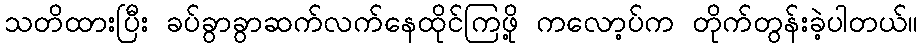
သတိထားပြီး ခပ်ခွာခွာဆက်လက်နေထိုင်ကြဖို့ ကလော့ပ်က တိုက်တွန်းခဲ့ပါတယ်။